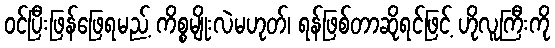
ဝင်ပြီးဖြန်ဖြေရမည့် ကိစ္စမျိုးလဲမဟုတ်၊ ရန်ဖြစ်တာဆိုရင်ဖြင့် ဟိုလူကြီးကို